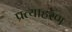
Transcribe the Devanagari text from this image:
प्रत्याहरण